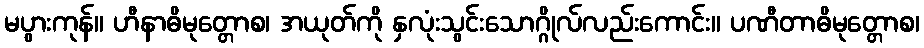
မပွားကုန်။ ဟီနာဓိမုတ္တောစ၊ အယုတ်ကို နှလုံးသွင်းသောဂ္ဂိုလ်လည်းကောင်း။ ပဏီတာဓိမုတ္တောစ၊